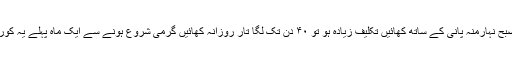
نیم کی تقریباً ۹؍ کونپلیں ( چھوٹی پتیاں جو نئی نکلتی ہے)۷ دن تک صبح نہارمنہ پانی کے ساتھ کھائیں تکلیف زیادہ ہو تو ۴۰ دن تک لگا تار روزانہ کھائیں گرمی شروع ہونے سے ایک ماہ پہلے یہ کورس کرلیں تو انشاء اللہ گرمی دانے اور دوسرے دانے نہیں نکلیں گے۔